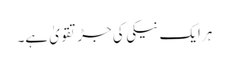
ہر ایک نیکی کی جڑ تقویٰ ہے۔